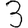
Digit: 3